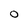
Character: O